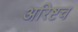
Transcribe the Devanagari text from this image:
अरिष्टच